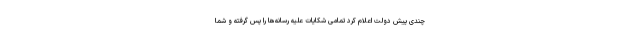
چندی پیش دولت اعلام کرد تمامی شکایات علیه رسانه‌ها را پس گرفته و شما